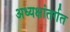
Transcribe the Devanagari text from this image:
अध्यक्षांतर्गत